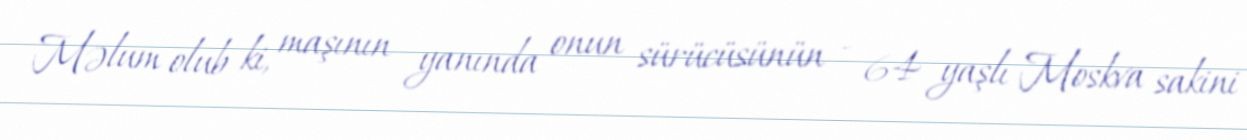
Məlum olub ki, maşının yanında onun sürücüsünün - 64 yaşlı Moskva sakini